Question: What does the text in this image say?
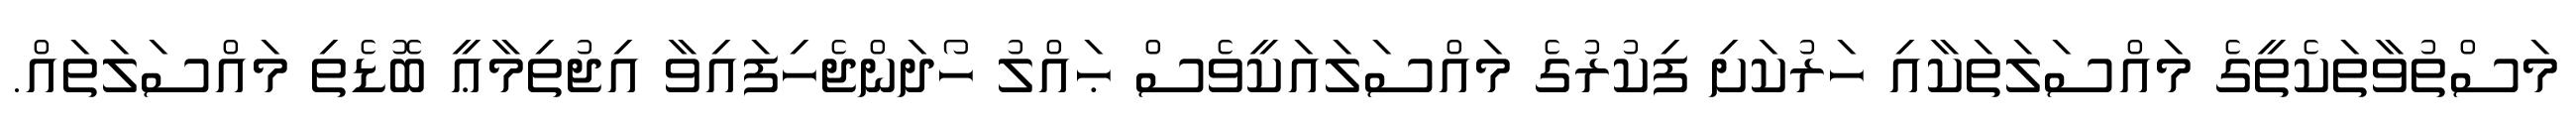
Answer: މަސްތުވާތަކެތީގެ މައްސަލަތަކާއި ހަރުކަށި ފިކުރުގެ މައްސަލައަކީވެސް ޙައްލު ހޯދަންޖެހިފައިވާ އިޖުތިމާޢީ ބޮޑެތި މައްސަލަތައް.